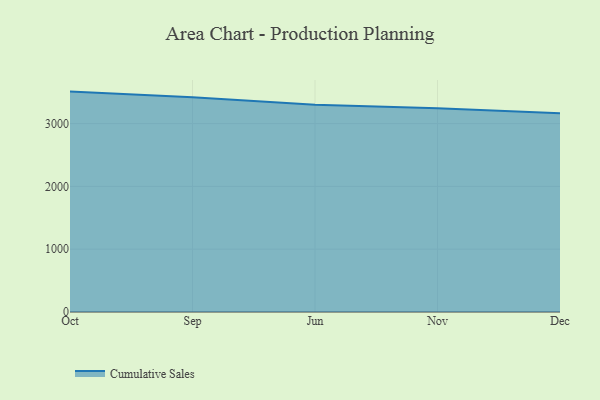
{"axis": {"x": "Month", "y": "Gross Profit (USD K)"}, "legend": ["Cumulative Sales"], "data": [{"x": "Oct", "y": 3509.5, "type": "Cumulative Sales"}, {"x": "Sep", "y": 3417.7, "type": "Cumulative Sales"}, {"x": "Jun", "y": 3300.9, "type": "Cumulative Sales"}, {"x": "Nov", "y": 3243.9, "type": "Cumulative Sales"}, {"x": "Dec", "y": 3164.1, "type": "Cumulative Sales"}]}